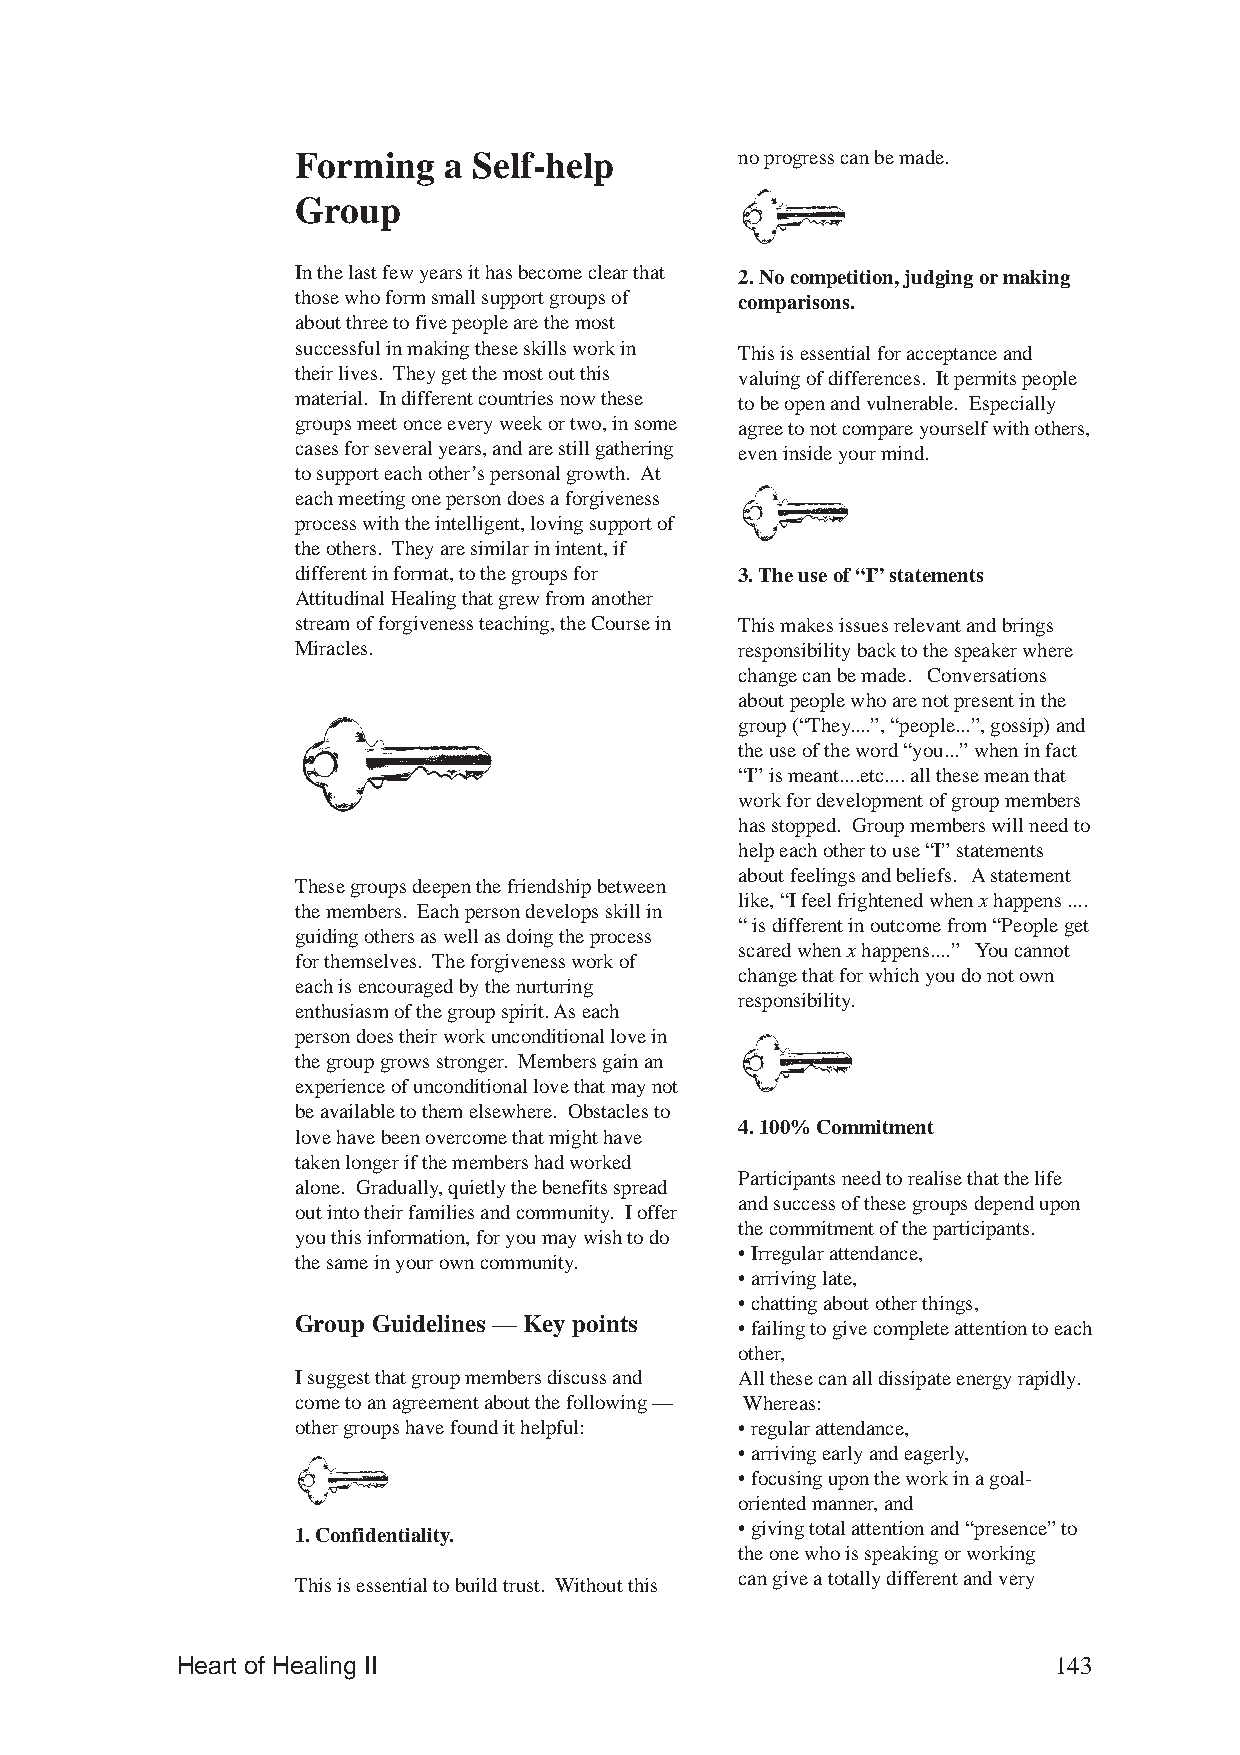
Forming  a Self-help         no progress can be made.
 Group
 In the last few years it has become clear that 2. No competition, judging or making
 those who form small support groups of comparisons.
 about three to five people are the most
 successful in making these skills work in This is essential for acceptance and
 their lives. They get the most out this valuing of differences. It permits people
 material. In different countries now these to be open and vulnerable. Especially
 groups meet once every week or two, in some agree to not compare yourself with others,
 cases for several years, and are still gathering even inside your mind.
 to support each other’s personal growth. At
 each meeting one person does a forgiveness
 process with the intelligent, loving support of
 the others. They are similar in intent, if
 different in format, to the groups for 3. The use of “I” statements
 Attitudinal Healing that grew from another
 stream of forgiveness teaching, the Course in This makes issues relevant and brings
 Miracles.                    responsibility back to the speaker where
 change can be made. Conversations
 about people who are not present in the
 group (“They....”, “people...”, gossip) and
 the use of the word “you...” when in fact
 “I” is meant....etc.... all these mean that
 work for development of group members
 has stopped. Group members will need to
 help each other to use “I” statements
 about feelings and beliefs. A statement
 These groups deepen the friendship between
 like, “I feel frightened when x happens ....
 the members. Each person develops skill in
 “ is different in outcome from “People get
 guiding others as well as doing the process
 scared when x happens....” You cannot
 for themselves. The forgiveness work of
 change that for which you do not own
 each is encouraged by the nurturing
 responsibility.
 enthusiasm of the group spirit. As each
 person does their work unconditional love in
 the group grows stronger. Members gain an
 experience of unconditional love that may not
 be available to them elsewhere. Obstacles to
 4. 100% Commitment
 love have been overcome that might have
 taken longer if the members had worked
 Participants need to realise that the life
 alone. Gradually, quietly the benefits spread
 and success of these groups depend upon
 out into their families and community. I offer
 the commitment of the participants.
 you this information, for you may wish to do
 • Irregular attendance,
 the same in your own community.
 •arriving late,
 •chatting about other things,
 Group Guidelines — Key points •failing to give complete attention to each
 other,
 I suggest that group members discuss and All these can all dissipate energy rapidly.
 come to an agreement about the following — Whereas:
 other groups have found it helpful: • regular attendance,
 • arriving early and eagerly,
 • focusing upon the work in a goal-
 oriented manner, and
 • giving total attention and “presence” to
 1. Confidentiality.
 the one who is speaking or working
 can give a totally different and very
 This is essential to build trust. Without this
 Heart of Healing II                                       143